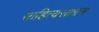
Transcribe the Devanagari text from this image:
साहित्यसाधन